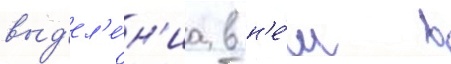
выд'ел'е́н'иа в н'е́м в